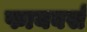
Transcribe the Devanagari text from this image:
फायबर्स